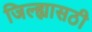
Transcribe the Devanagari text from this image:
जिल्ह्यासठी